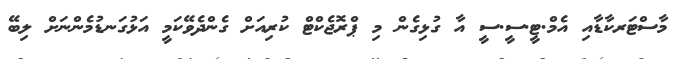
މާސްޓަރކާޑާއި އެމް.ޓީ.ސީ.ސީ އާ ގުޅިގެން މި ޕްރޮޖެކްޓް ކުރިއަށް ގެންދެވޭކަމީ އަޅުގަނޑުމެންނަށް ލިބޭ